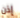
إذن